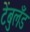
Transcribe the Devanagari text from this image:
टेंबुलँड